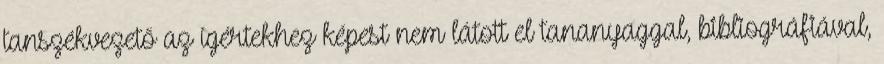
tanszékvezető az ígértekhez képest nem látott el tananyaggal, bibliográfiával,